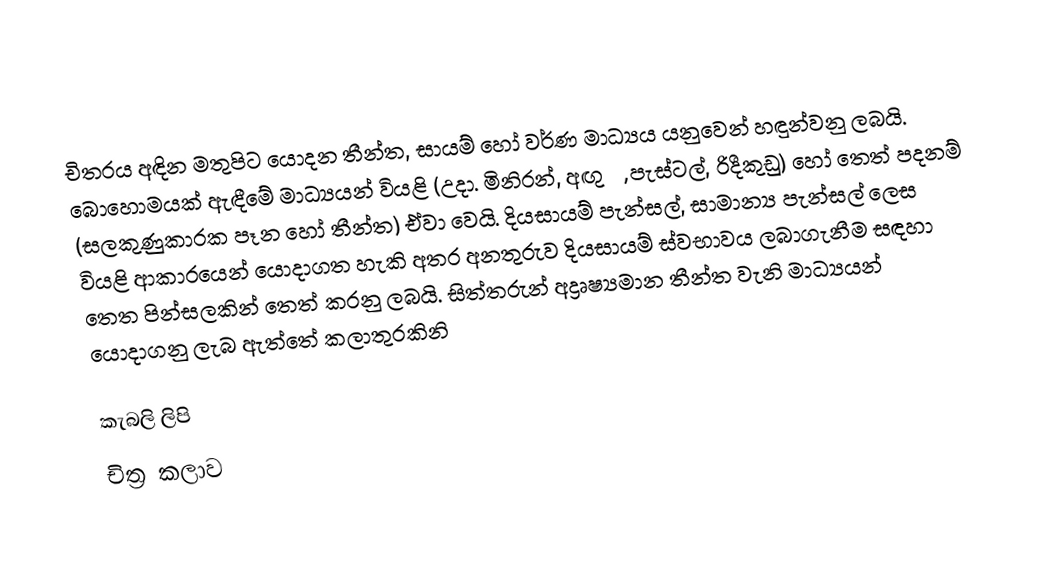
චිත‍්‍රය අඳින මතුපිට යොදන තීන්ත, සායම් හෝ වර්ණ මාධ්‍යය යනුවෙන් හඳුන්වනු ලබයි. බොහොමයක් ඇඳීමේ මාධ්‍යයන් වියළි (උදා. මිනිරන්, අඟුරු, පැස්ටල්, රිදීකුඩු) හෝ තෙත් පදනම් (සලකුණුකාරක පෑන හෝ තීන්ත) ඒවා වෙයි. දියසායම් පැන්සල්, සාමාන්‍ය පැන්සල් ලෙස වියළි ආකාරයෙන් යොදාගත හැකි අතර අනතුරුව දියසායම් ස්වභාවය ලබාගැනීම සඳහා තෙත පින්සලකින් තෙත් කරනු ලබයි. සිත්තරුන් අද්‍රෘෂ්‍යමාන තීන්ත වැනි මාධ්‍යයන් යොදාගනු ලැබ ඇත්තේ කලාතුරකිනි

කැබලි ලිපි
චිත්‍ර කලාව